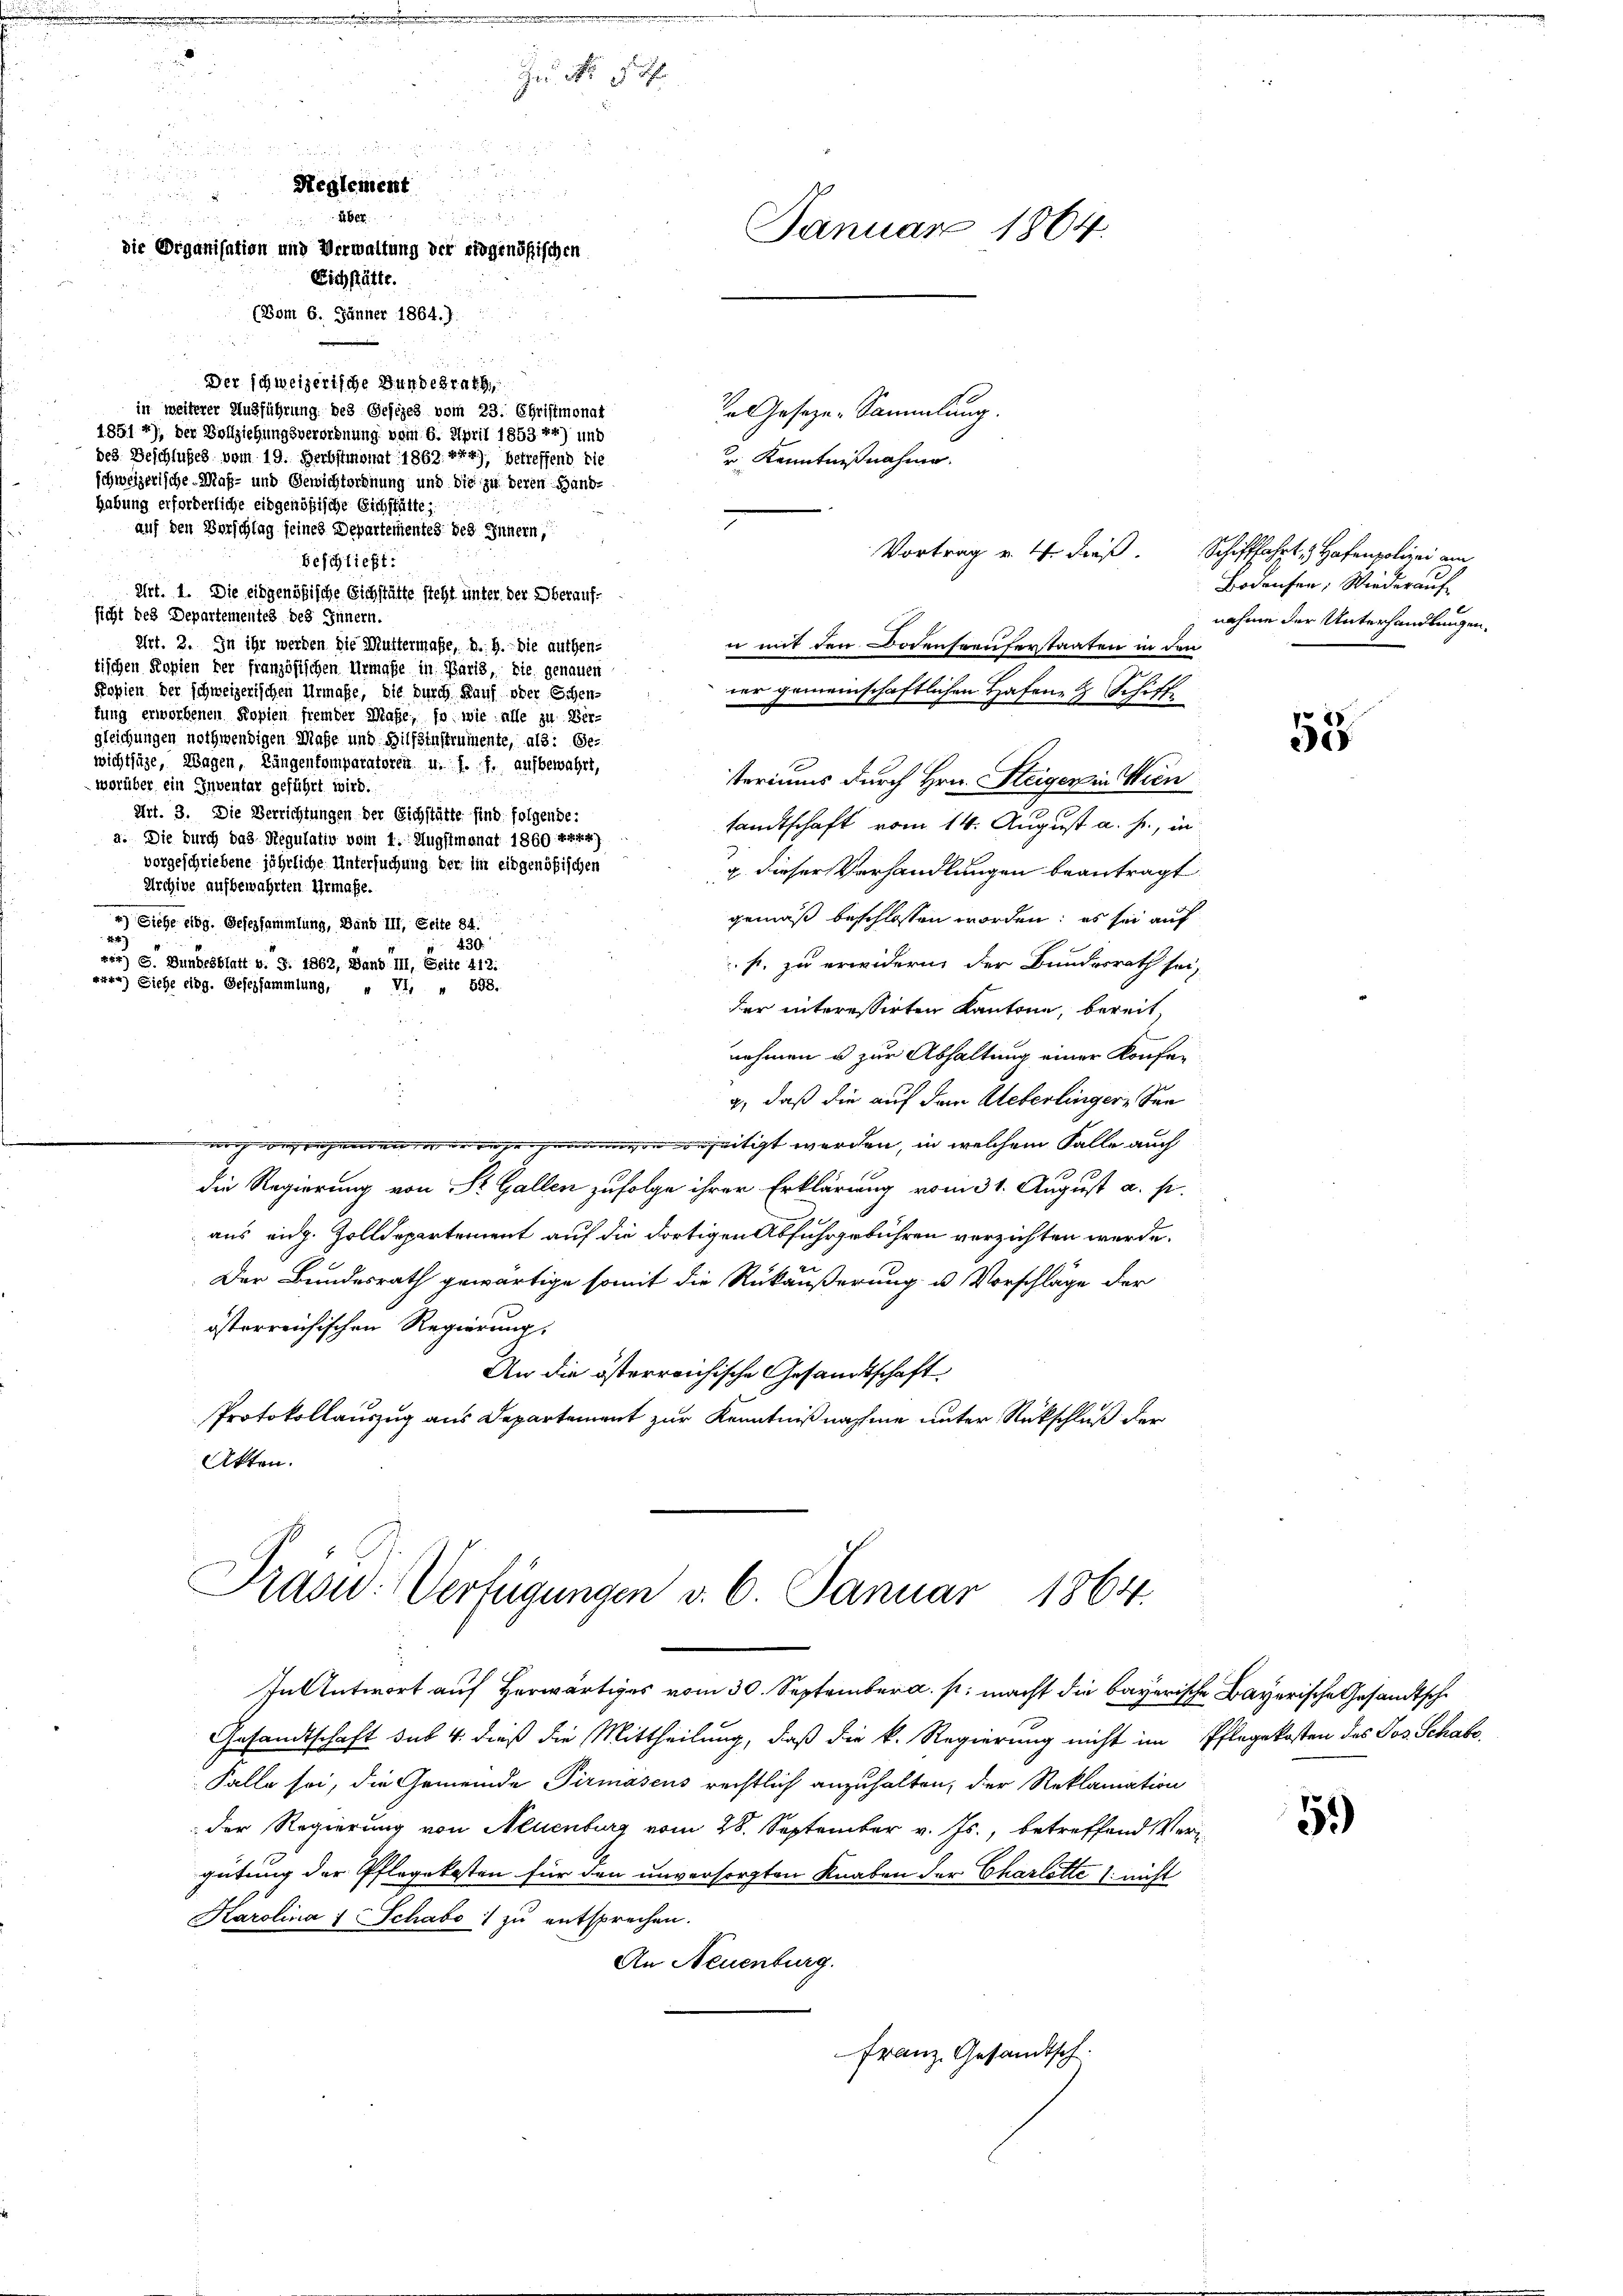
.

.
d
2
d
i

Reglement

.
e
Januar 1864.
die Organisation und Verwaltung der eidgenößischen
Eichstätte.
(Vom 6. Jänner 1864.).
Der schweizerische Bundesrath
in weiterer Ausführung des Gesezes vom 23. Christmonat
In Gesezes-Sammlung.
1851 4), der Vollziehungsverordnung vom 6. April 1853 24) und
des Geschlußes vom 19. Herbstmonat 1869. xxx), betreffend die
r Kenntnißnahme.
schweizerische Maß- und Gewichtordnung und die zu deren Hand-
habung erforderliche eidgenößische Eichstätte,
auf den Verschlag seines Departementes des Innern,
Vortrag u. 4 dieß.

Zu No 5 ff.

beschließt:
Art. 1. Die eidgenößische Sichstätte steht unter der Oberaufsicht des Departementes des Innern.
Art. 2. In ihr werden die Muttermaße, d. h. die authen-
tischen Kopien der französischen Urmaße in Paris, die genauen
Kopien der schweizerischen Urmaße, die durch Kauf oder Schen-
tung erworbenen Kopien fremder Maße, so wie alle zu Ver-
gleichungen nothwendigen Maße und Hilfsinstrumente, als: Ge-
wichtsäge, Wagen, Längenkomparatoren u. s. f. aufbewahrt,
worüber ein Inventar geführt wird.
Art. 3. Die Verrichtungen der Eichstätte sind folgende:
sandtschaft vom 14. August a. h., in
a. Die durch das Regulativ vom 1. Augstmonat 1860 x 244)
vorgeschriebene jährliche Untersuchung der im eidgenößischen
u. dieser Verhandlungen beantragt.
Archive aufbewahrten Urmaße.
gemäß beschlossen worden; es für auf
4) Siehe eidg. Gesezsammlung, Band III, Seite 84.
44
430.
) S. Bundesblatt v. S. 1862, Band III, Seite 412:
s. zu erwidern der Bundesrath sei,
) Siehe eidg. Gesezsammlung, „ VI, " 593.
der interessirten Kantone, bereit,
nehmen u zur Abhaltung einer Konferg, daß die auf dem Ueberlingere See¬
 noch destehenden de rege beseitigt werden, in welchem Falle auch
die Regierung von St. Gallen zufolge ihrer Erklärung vom 31. August a. p.
aus eidg. Zolldepartement auf die dortigen Abfuhrgebühren verzichten werde.
Der Bundesrath gewärtige somit die Rükäußerung u. Vorschläge der
österreichischen Regierung.
An die österreichische Gesandtschaft
Protokollauszug aus Departement zur Kenntnißnahme unter Rückschluß der
Akten.

u mit den Bodenseeuferstaaten in den
ner gemeinschaftlichen Hafen Schiff
teriums durch Hrn. Steiger in Wien

Prasid. Verfügungen v. 6. Januar 1864.

antwort auf Herwärtiges vom 30. September a. p. macht die bayerische Bayerische Gesandtsche
Gesandtschaft das 4. dieß die Mittheilung, daß die k. Regierung nicht im Pflegekosten des Jos. Schabs¬
Falle sei, die Gemeinde Pirmáseus rechtlich anzuhalten, der Reklamation
Der Regierung von Neuenburg vom 28. September v. Js., betreffend Vergütung der Pflegekosten für den unversorgten Knaben der Charlotte (: nicht
Karolina u Schabs zu entsprechen.
An Neuenburg.
Franz. Gesandtsch.

Schiffahrt, Hafenpolizei ein
Bodensen, Wiederauf
nahme der Unterhandlungen.

53

51)